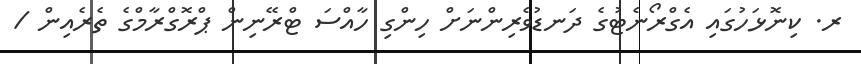
ރ. ކިނޮޅަހުގައި އެގްރޯނެޓުގެ ދަނޑުވެރިންނަށް ހިންގި ހާއްސަ ޓްރޭނިން ޕްރޮގްރާމްގެ ތެރެއިން /